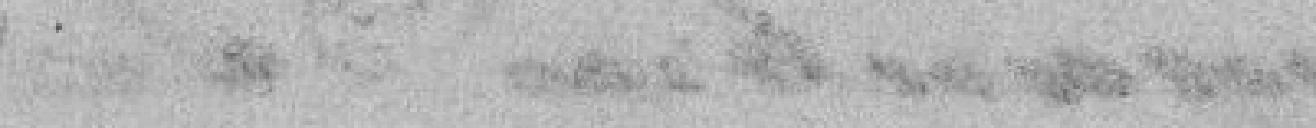
commission Messieurs Leblen, Lalloz, Juteau